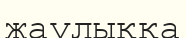
жаулыққа